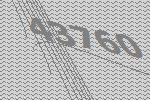
43760